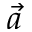
\vec { a }